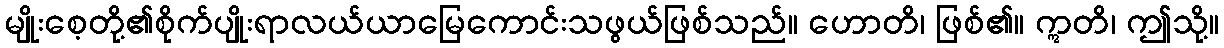
မျိုးစေ့တို့၏စိုက်ပျိုးရာလယ်ယာမြေကောင်းသဖွယ်ဖြစ်သည်။ ဟောတိ၊ ဖြစ်၏။ ဣတိ၊ ဤသို့။